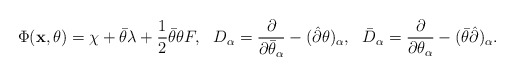
\begin{align*}\Phi({\bf x},\theta)=\chi+\bar\theta\lambda+\frac12\bar\theta\theta F,~~D_\alpha=\frac{\partial}{\partial\bar\theta_\alpha}-(\hat\partial\theta)_\alpha,~~\bar D_\alpha=\frac{\partial}{\partial\theta_\alpha}-(\bar\theta\hat\partial)_\alpha.\end{align*}